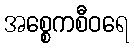
အစ္စေကစီဝရေ